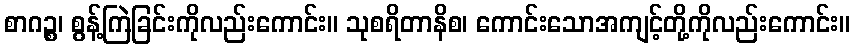
စာဂဉ္စ၊ စွန့်ကြဲခြင်းကိုလည်းကောင်း။ သုစရိတာနိစ၊ ကောင်းသောအကျင့်တို့ကိုလည်းကောင်း။